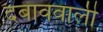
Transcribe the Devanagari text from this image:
दबाववाली